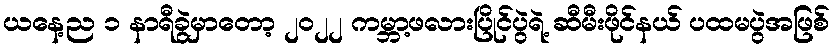
ယနေ့ည ၁ နာရီခွဲမှာတော့ ၂၀၂၂ ကမ္ဘာ့ဖလားပြိုင်ပွဲရဲ့ ဆီမီးဖိုင်နယ် ပထမပွဲအဖြစ်